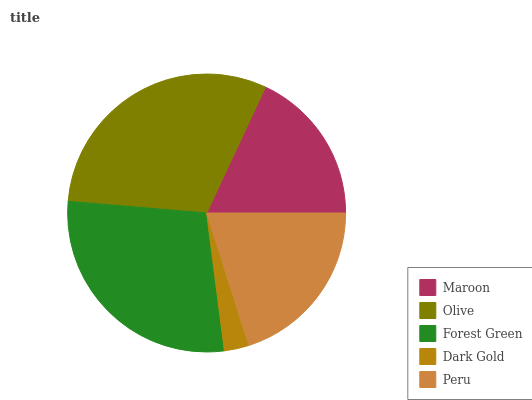
| Maroon | Olive | Forest Green | Dark Gold | Peru |
 | --- | --- | --- | --- | --- |
 | 18% | 30.6% | 28.4% | 2.89% | 20.1% |